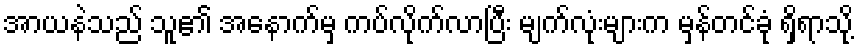
အာယနဲသည် သူ၏ အနောက်မှ ကပ်လိုက်လာပြီး မျက်လုံးများက မှန်တင်ခုံ ရှိရာသို့